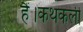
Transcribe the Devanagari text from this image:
हैं।कथकली